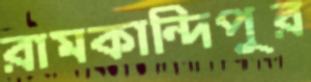
রামকান্দিপুর